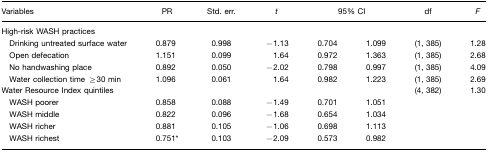
| Variables | PR | Std. err. | t | <COLSPAN=2> 95% CI | df | F |
 | --- | --- | --- | --- | --- | --- | --- | --- |
 | High-risk WASH practices |  |  |  |  |  |  |  |
 | Drinking untreated surface water | 0.879 | 0.998 | −1.13 | 0.704 | 1.099 | (1, 385) | 1.28 |
 | Open defecation | 1.151 | 0.099 | 1.64 | 0.972 | 1.363 | (1, 385) | 2.68 |
 | No handwashing place | 0.892 | 0.050 | −2.02 | 0.798 | 0.997 | (1, 385) | 4.09 |
 | Water collection time ≥30 min | 1.096 | 0.061 | 1.64 | 0.982 | 1.223 | (1, 385) | 2.69 |
 | Water Resource Index quintiles |  |  |  |  |  | (4, 382) | 1.30 |
 | WASH poorer | 0.858 | 0.088 | −1.49 | 0.701 | 1.051 |  |  |
 | WASH middle | 0.822 | 0.096 | −1.68 | 0.654 | 1.034 |  |  |
 | WASH richer | 0.881 | 0.105 | −1.06 | 0.698 | 1.113 |  |  |
 | WASH richest | 0.751* | 0.103 | −2.09 | 0.573 | 0.982 |  |  |